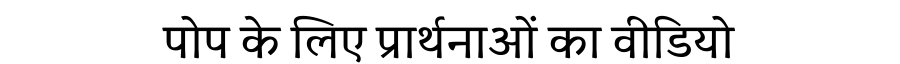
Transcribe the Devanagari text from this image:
पोप के लिए प्रार्थनाओं का वीडियो